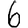
Digit: 6